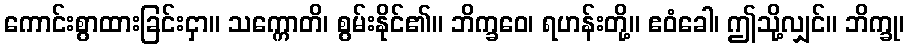
ကောင်းစွာထားခြင်းငှာ။ သက္ကောတိ၊ စွမ်းနိုင်၏။ ဘိက္ခဝေ၊ ရဟန်းတို့။ ဧဝံခေါ၊ ဤသို့လျှင်။ ဘိက္ခု၊